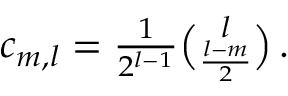
\begin{array} { r } { c _ { m , l } = \frac { 1 } { 2 ^ { l - 1 } } \binom { l } { \frac { l - m } { 2 } } \, . } \end{array}